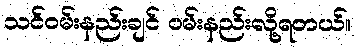
သင်ဝမ်းနည်းချင် ဝမ်းနည်းလို့ရတယ်။